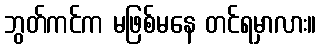
ဘွတ်ကင်က မဖြစ်မနေ တင်ရမှာလား။